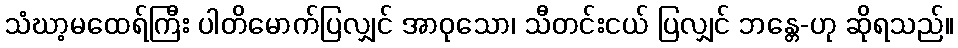
သံဃာ့မထေရ်ကြီး ပါတိမောက်ပြလျှင် အာဝုသော၊ သီတင်းငယ် ပြလျှင် ဘန္တေ-ဟု ဆိုရသည်။